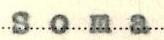
Soma